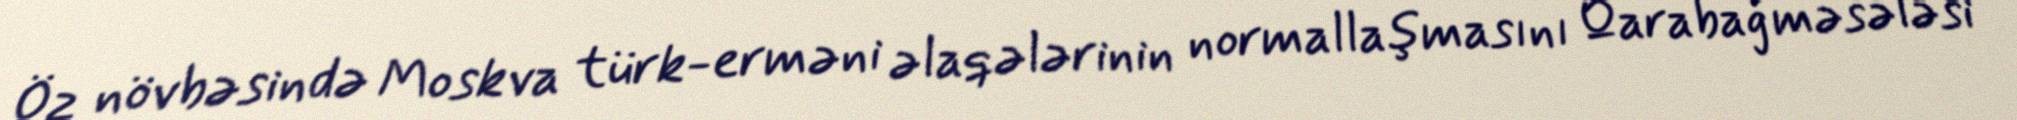
Öz növbəsində Moskva türk-erməni əlaqələrinin normallaşmasını Qarabağ məsələsi